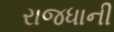
રાજધાની